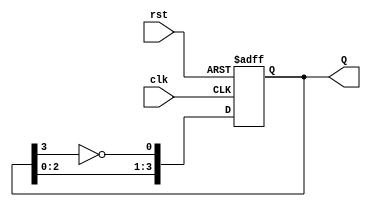
module JohnsonCounter #(parameter N = 4) (
    input wire clk,
    input wire rst,          // Asynchronous reset
    output reg [N-1:0] Q    // N-bit output
);

    always @(posedge clk or posedge rst) begin
        if (rst) begin
            Q <= 0;          // Reset state
        end else begin
            Q <= {Q[N-2:0], ~Q[N-1]}; // Shift and invert MSB
        end
    end

endmodule